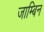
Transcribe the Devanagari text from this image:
जाम्बिन